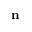
\mathbf { n }